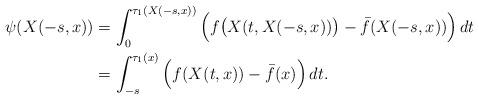
LaTeX: \begin{align*}\begin{aligned}\psi (X(-s, x)) &= \int_0^{\tau_1 (X(-s, x))} \Big( f \big( X(t, X(-s, x)) \big) - \bar f(X(-s, x)) \Big) \, dt \\ &=\int_{-s}^{\tau_1(x)} \Big( f(X(t, x)) - \bar f(x) \Big) \, dt.\end{aligned}\end{align*}